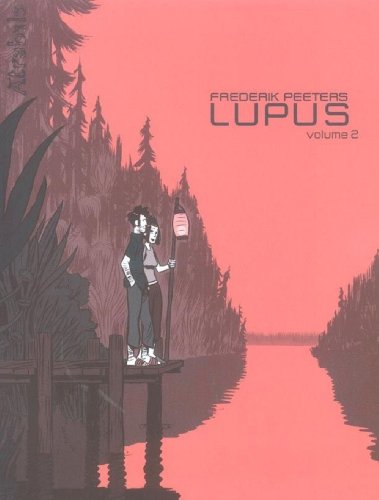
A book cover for Lupus, Tome 2 (French Edition); Frederik Peeters; Health, Fitness & Dieting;